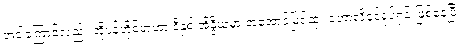
အဲဒါကြောင့်လည်း အိုပဲန်ဟိုင်မာဟာ ဒီနှစ် အိန္ဒိယမှာ အအောင်မြင်ဆုံး ဟောလိဝုဒ်ရုပ်ရှင် ဖြစ်နေပြီး